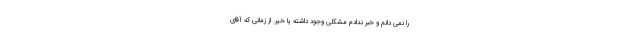
را نمی دانم و خبر ندادم مشکلی وجود داشته یا خیر. از زمانی که آقای